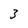
Character: 3